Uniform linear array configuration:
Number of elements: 48
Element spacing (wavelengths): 1
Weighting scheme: blackman
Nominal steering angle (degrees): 15
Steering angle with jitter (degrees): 14.938
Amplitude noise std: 0.05
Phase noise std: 0.05

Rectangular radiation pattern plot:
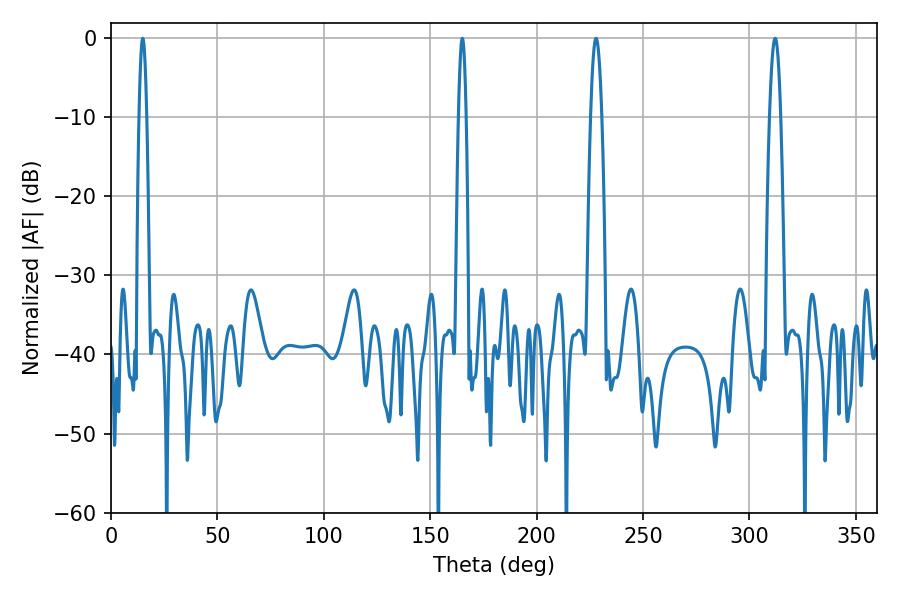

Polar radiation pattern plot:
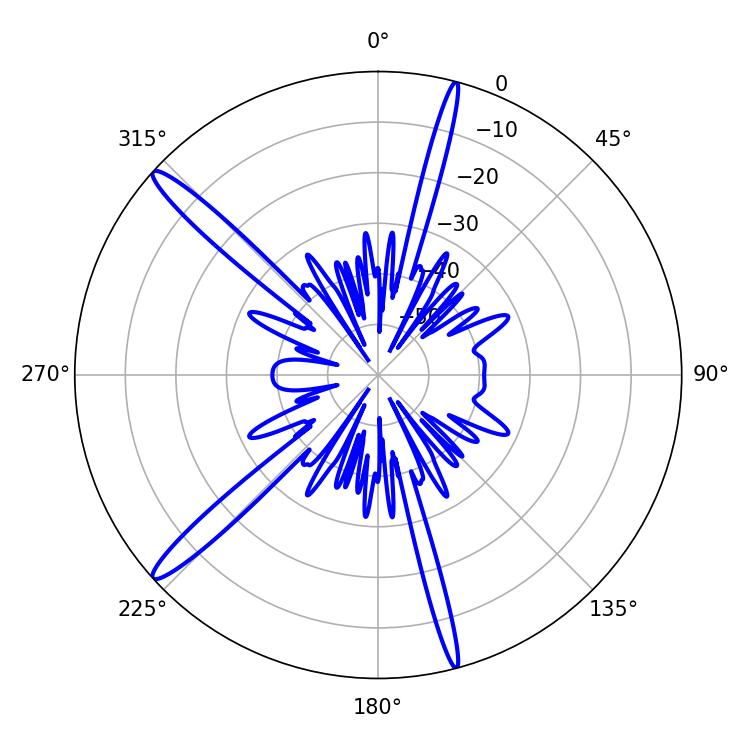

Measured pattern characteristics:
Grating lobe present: TRUE
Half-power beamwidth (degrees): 1.8
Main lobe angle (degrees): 14.94